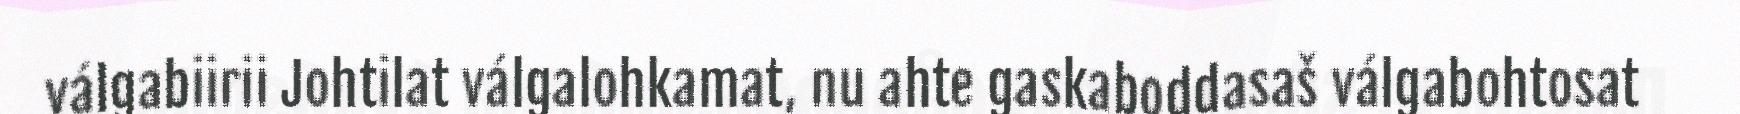
válgabiirii Johtilat válgalohkamat, nu ahte gaskaboddasaš válgabohtosat